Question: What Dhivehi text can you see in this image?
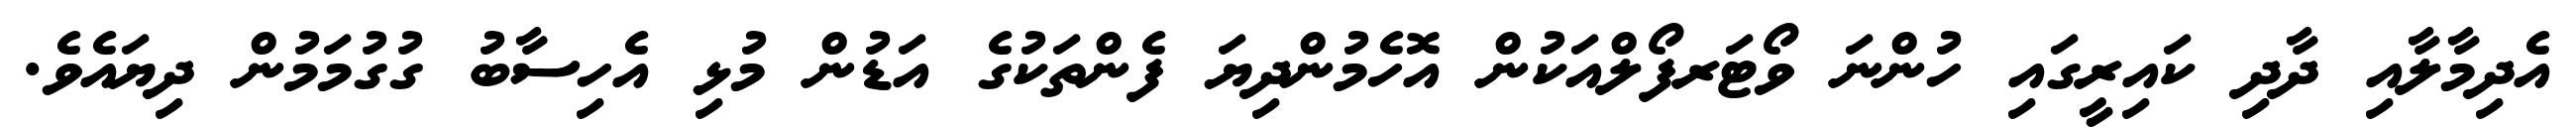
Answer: އެދިމާލާއި ދާދި ކައިރީގައި ހުންނަ ވޯޓަރފޯލްއަކުން އޮހެމުންދިޔަ ފެންތަކުގެ އަޑުން މުޅި އެހިސާބު ގުގުމަމުން ދިޔައެވެ.